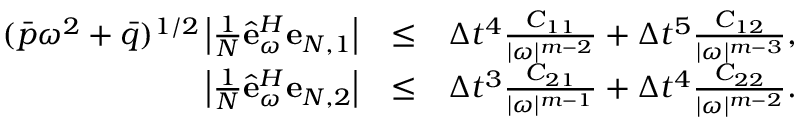
\begin{array} { r l r } { ( \bar { p } \omega ^ { 2 } + \bar { q } ) ^ { 1 / 2 } \left| \frac { 1 } { N } \hat { \bf e } _ { \omega } ^ { H } { \bf e } _ { N , 1 } \right| } & { \leq } & { \Delta t ^ { 4 } \frac { C _ { 1 1 } } { | \omega | ^ { m - 2 } } + \Delta t ^ { 5 } \frac { C _ { 1 2 } } { | \omega | ^ { m - 3 } } , } \\ { \left| \frac { 1 } { N } \hat { \bf e } _ { \omega } ^ { H } { \bf e } _ { N , 2 } \right| } & { \leq } & { \Delta t ^ { 3 } \frac { C _ { 2 1 } } { | \omega | ^ { m - 1 } } + \Delta t ^ { 4 } \frac { C _ { 2 2 } } { | \omega | ^ { m - 2 } } . } \end{array}